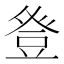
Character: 𭽁